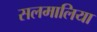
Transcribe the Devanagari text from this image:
सलमालिया